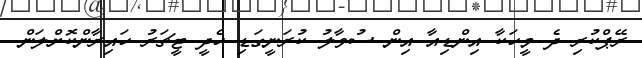
ރޭޕްކުރި ދެ މީހަކާ އިންޑިއާ އިން ސުވާލު ކުރަނީގަޑި ހެދީ ޓީޗަރު ހައިރާންކޮށްލަން